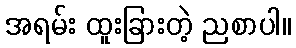
အရမ်း ထူးခြားတဲ့ ညစာပါ။